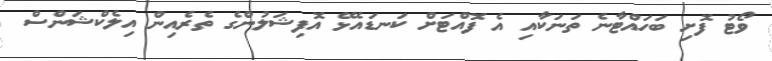
ވޯޓު ފޮށި ބަހައްޓާނެ ތަނަކާއި އެ ފޮއްޓަށް ކަނޑައެޅޭ އޮފިޝަލުންގެ ތެރެއިން އިލެކްޝަންސް